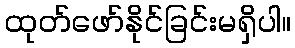
ထုတ်ဖော်နိုင်ခြင်းမရှိပါ။